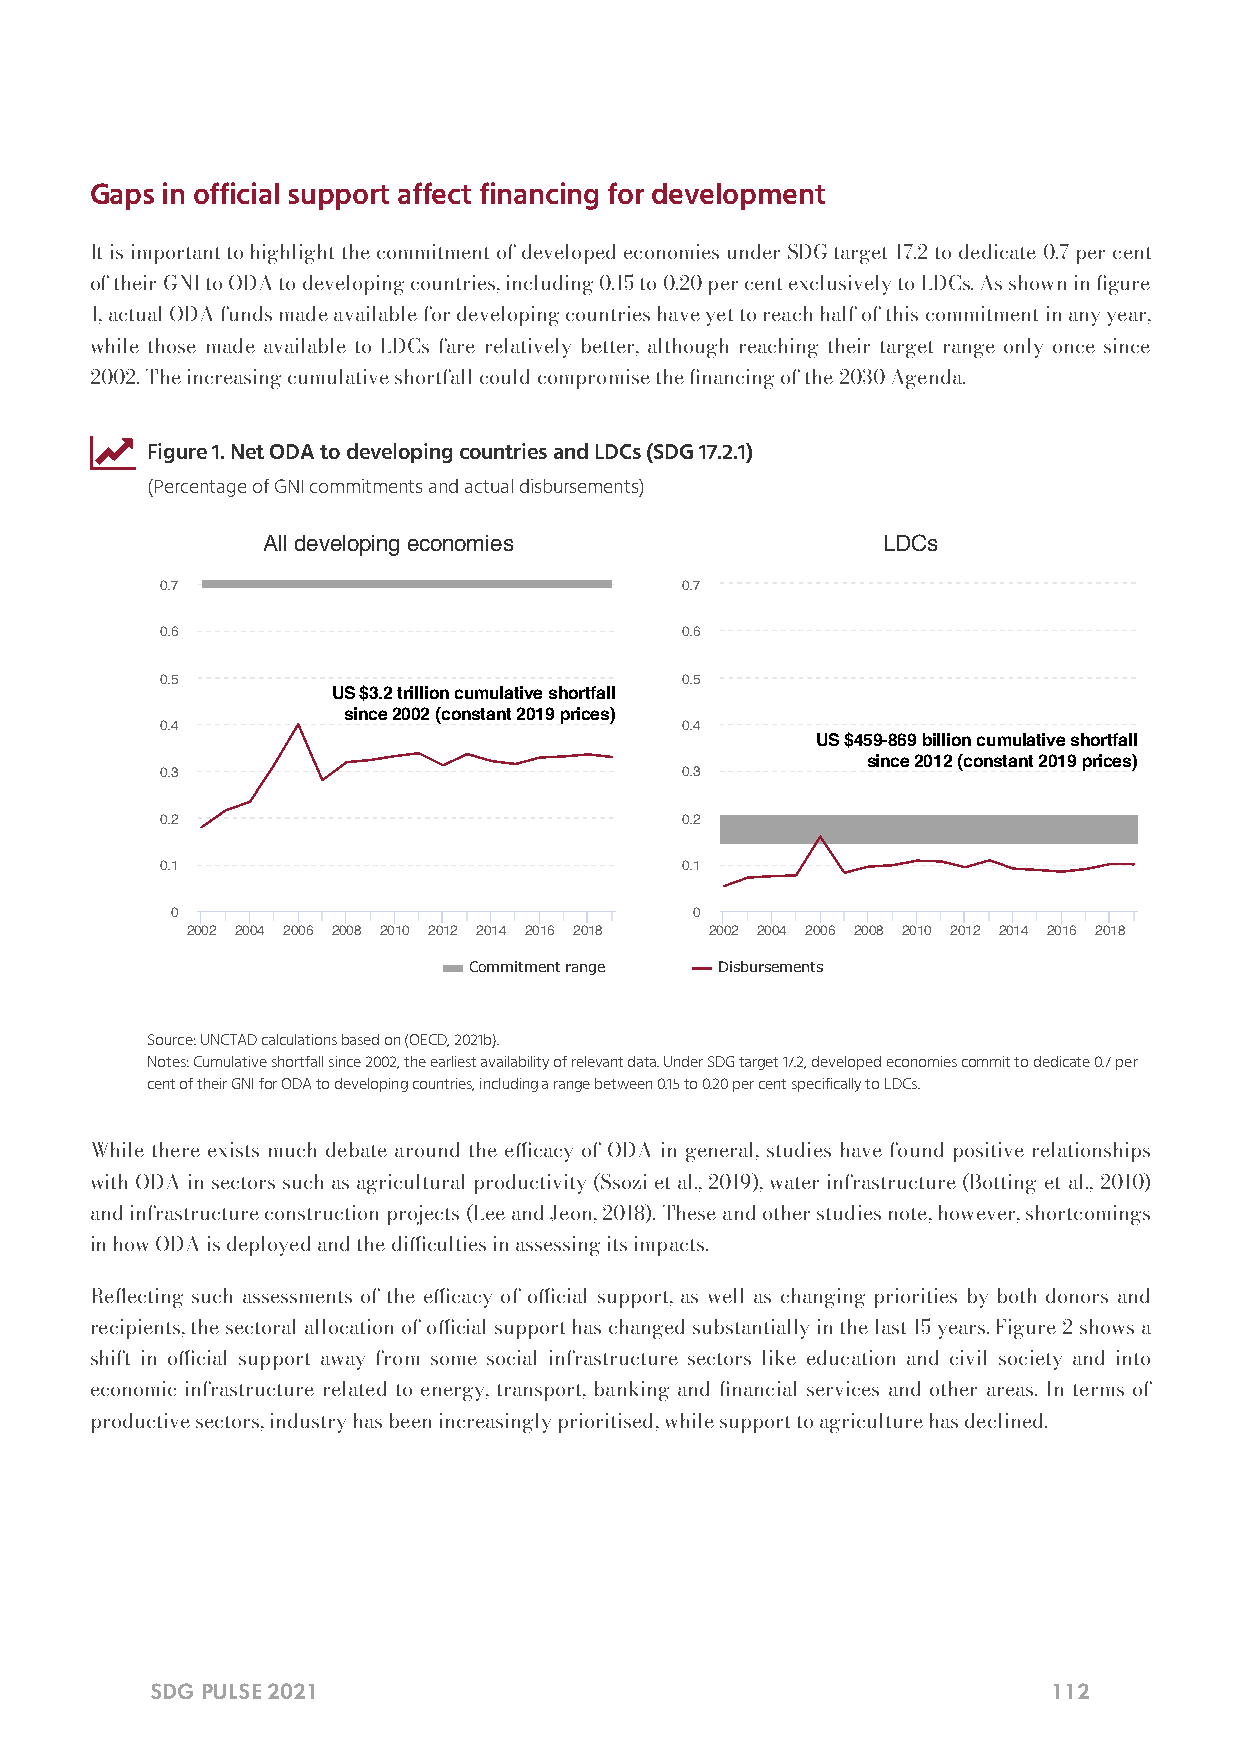
Gaps in official support affect financing for development
 It is important to highlight the commitment of developed economies under SDG target 17.2 to dedicate 0.7 per cent
 of their GNI to ODA to developing countries, including 0.15 to 0.20 per cent exclusively to LDCs. As shown in gure
 1, actual ODA funds made available for developing countries have yet to reach half of this commitment in any year,
 while those made available to LDCs fare relatively better, although reaching their target range only once since
 2002. The increasing cumulative shortfall could compromise the nancing of the 2030 Agenda.
 
 Figure 1. Net ODA to developing countries and LDCs (SDG 17.2.1)
 (Percentage of GNI commitments and actual disbursements)
 All developing economies                 LDCs
 0.7                               0.7
 0.6                               0.6
 0.5                               0.5
 US $3.2 trillion cumulative shortfall
 since 2002 (constant 2019 prices)
 0.4                               0.4
 US $459-869 billion cumulative shortfall
 since 2012 (constant 2019 prices)
 0.3                               0.3
 0.2                               0.2
 0.1                               0.1
 0                                  0
 2002 2004 2006 2008 2010 2012 2014 2016 2018 2002 2004 2006 2008 2010 2012 2014 2016 2018
 Commitment range Disbursements
 Source: UNCTAD calculations based on (OECD, 2021b).
 Notes: Cumulative shortfall since 2002, the earliest availability of relevant data. Under SDG target 17.2, developed economies commit to dedicate 0.7 per
 cent of their GNI for ODA to developing countries, including a range between 0.15 to 0.20 per cent specifically to LDCs.
 While there exists much debate around the ecacy of ODA in general, studies have found positive relationships
 with ODA in sectors such as agricultural productivity (Ssozi et al., 2019), water infrastructure (Botting et al., 2010)
 and infrastructure construction projects (Lee and Jeon, 2018). These and other studies note, however, shortcomings
 in how ODA is deployed and the diculties in assessing its impacts.
 Reecting such assessments of the ecacy of ocial support, as well as changing priorities by both donors and
 recipients, the sectoral allocation of ocial support has changed substantially in the last 15 years. Figure 2 shows a
 shift in ocial support away from some social infrastructure sectors like education and civil society and into
 economic infrastructure related to energy, transport, banking and nancial services and other areas. In terms of
 productive sectors, industry has been increasingly prioritised, while support to agriculture has declined.
 SDG PULSE 2021                                              112